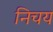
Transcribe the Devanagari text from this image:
निचय